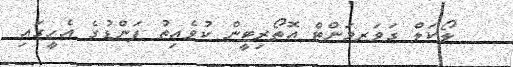
ލޯކަލް ގަވަރމަންޓް އޮތޯރިޓީން ކުވެއިތު ފަންޑުގެ އެހީގައި